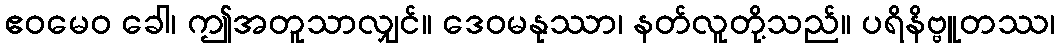
ဧဝမေဝ ခေါ၊ ဤအတူသာလျှင်။ ဒေဝမနုဿာ၊ နတ်လူတို့သည်။ ပရိနိဗ္ဗူတဿ၊